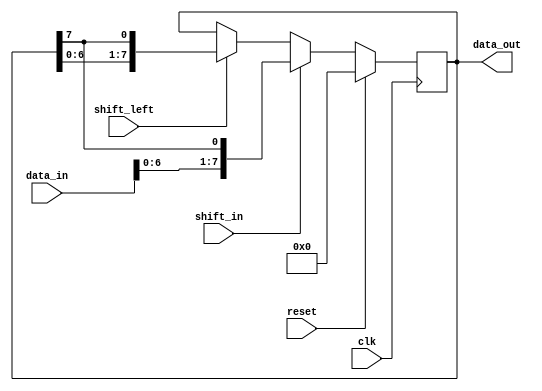
module shift_register #(parameter WIDTH = 8)
(
    input wire clk,
    input wire reset,
    input wire shift_left,
    input wire shift_in,
    input wire [WIDTH-1:0] data_in,
    output reg [WIDTH-1:0] data_out
);

reg [WIDTH-1:0] register;

// shift operation
always @(posedge clk) begin
    if (reset)
        register <= 0;
    else begin
        if (shift_left)
            register <= {register[WIDTH-2:0], register[WIDTH-1]};
        else
            register <= {register[WIDTH-1], register[WIDTH-1:0]};
        
        if (shift_in)
            register <= {data_in, register[WIDTH-1]};
    end
end

assign data_out = register;

endmodule